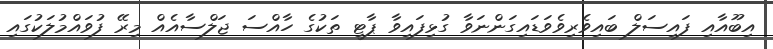
އިބޫއާއި ފައިސަލް ބައިވެރިވެވަޑައިގަންނަވާ ގުޅިފައިވާ ޕާޓީ ތަކުގެ ހާއްސަ ޖަލްސާއެއް މިރޭ ފުވައްމުލަކުގައި